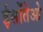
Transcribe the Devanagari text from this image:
ईसोंतेओ